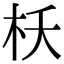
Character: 枖